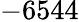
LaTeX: -6544